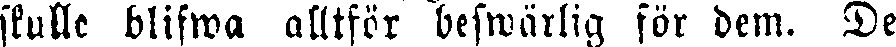
skulle blifwa alltför beswärlig för dem. De